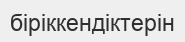
біріккендіктерін